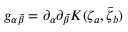
g _ { \alpha \bar { \beta } } = \partial _ { \alpha } \partial _ { \bar { \beta } } K ( \zeta _ { a } , \bar { \zeta } _ { b } )